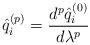
LaTeX: \begin{align*} \hat{q}_{i}^{( p )} = \frac{d^{p} \hat{q}_{i}^{( 0 )}}{d \lambda ^{p}} \end{align*}